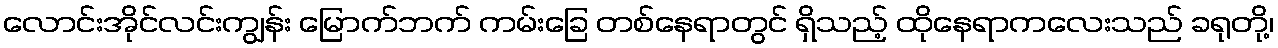
လောင်းအိုင်လင်းကျွန်း မြောက်ဘက် ကမ်းခြေ တစ်နေရာတွင် ရှိသည့် ထိုနေရာကလေးသည် ခရုတို့၊